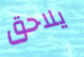
يلاحق